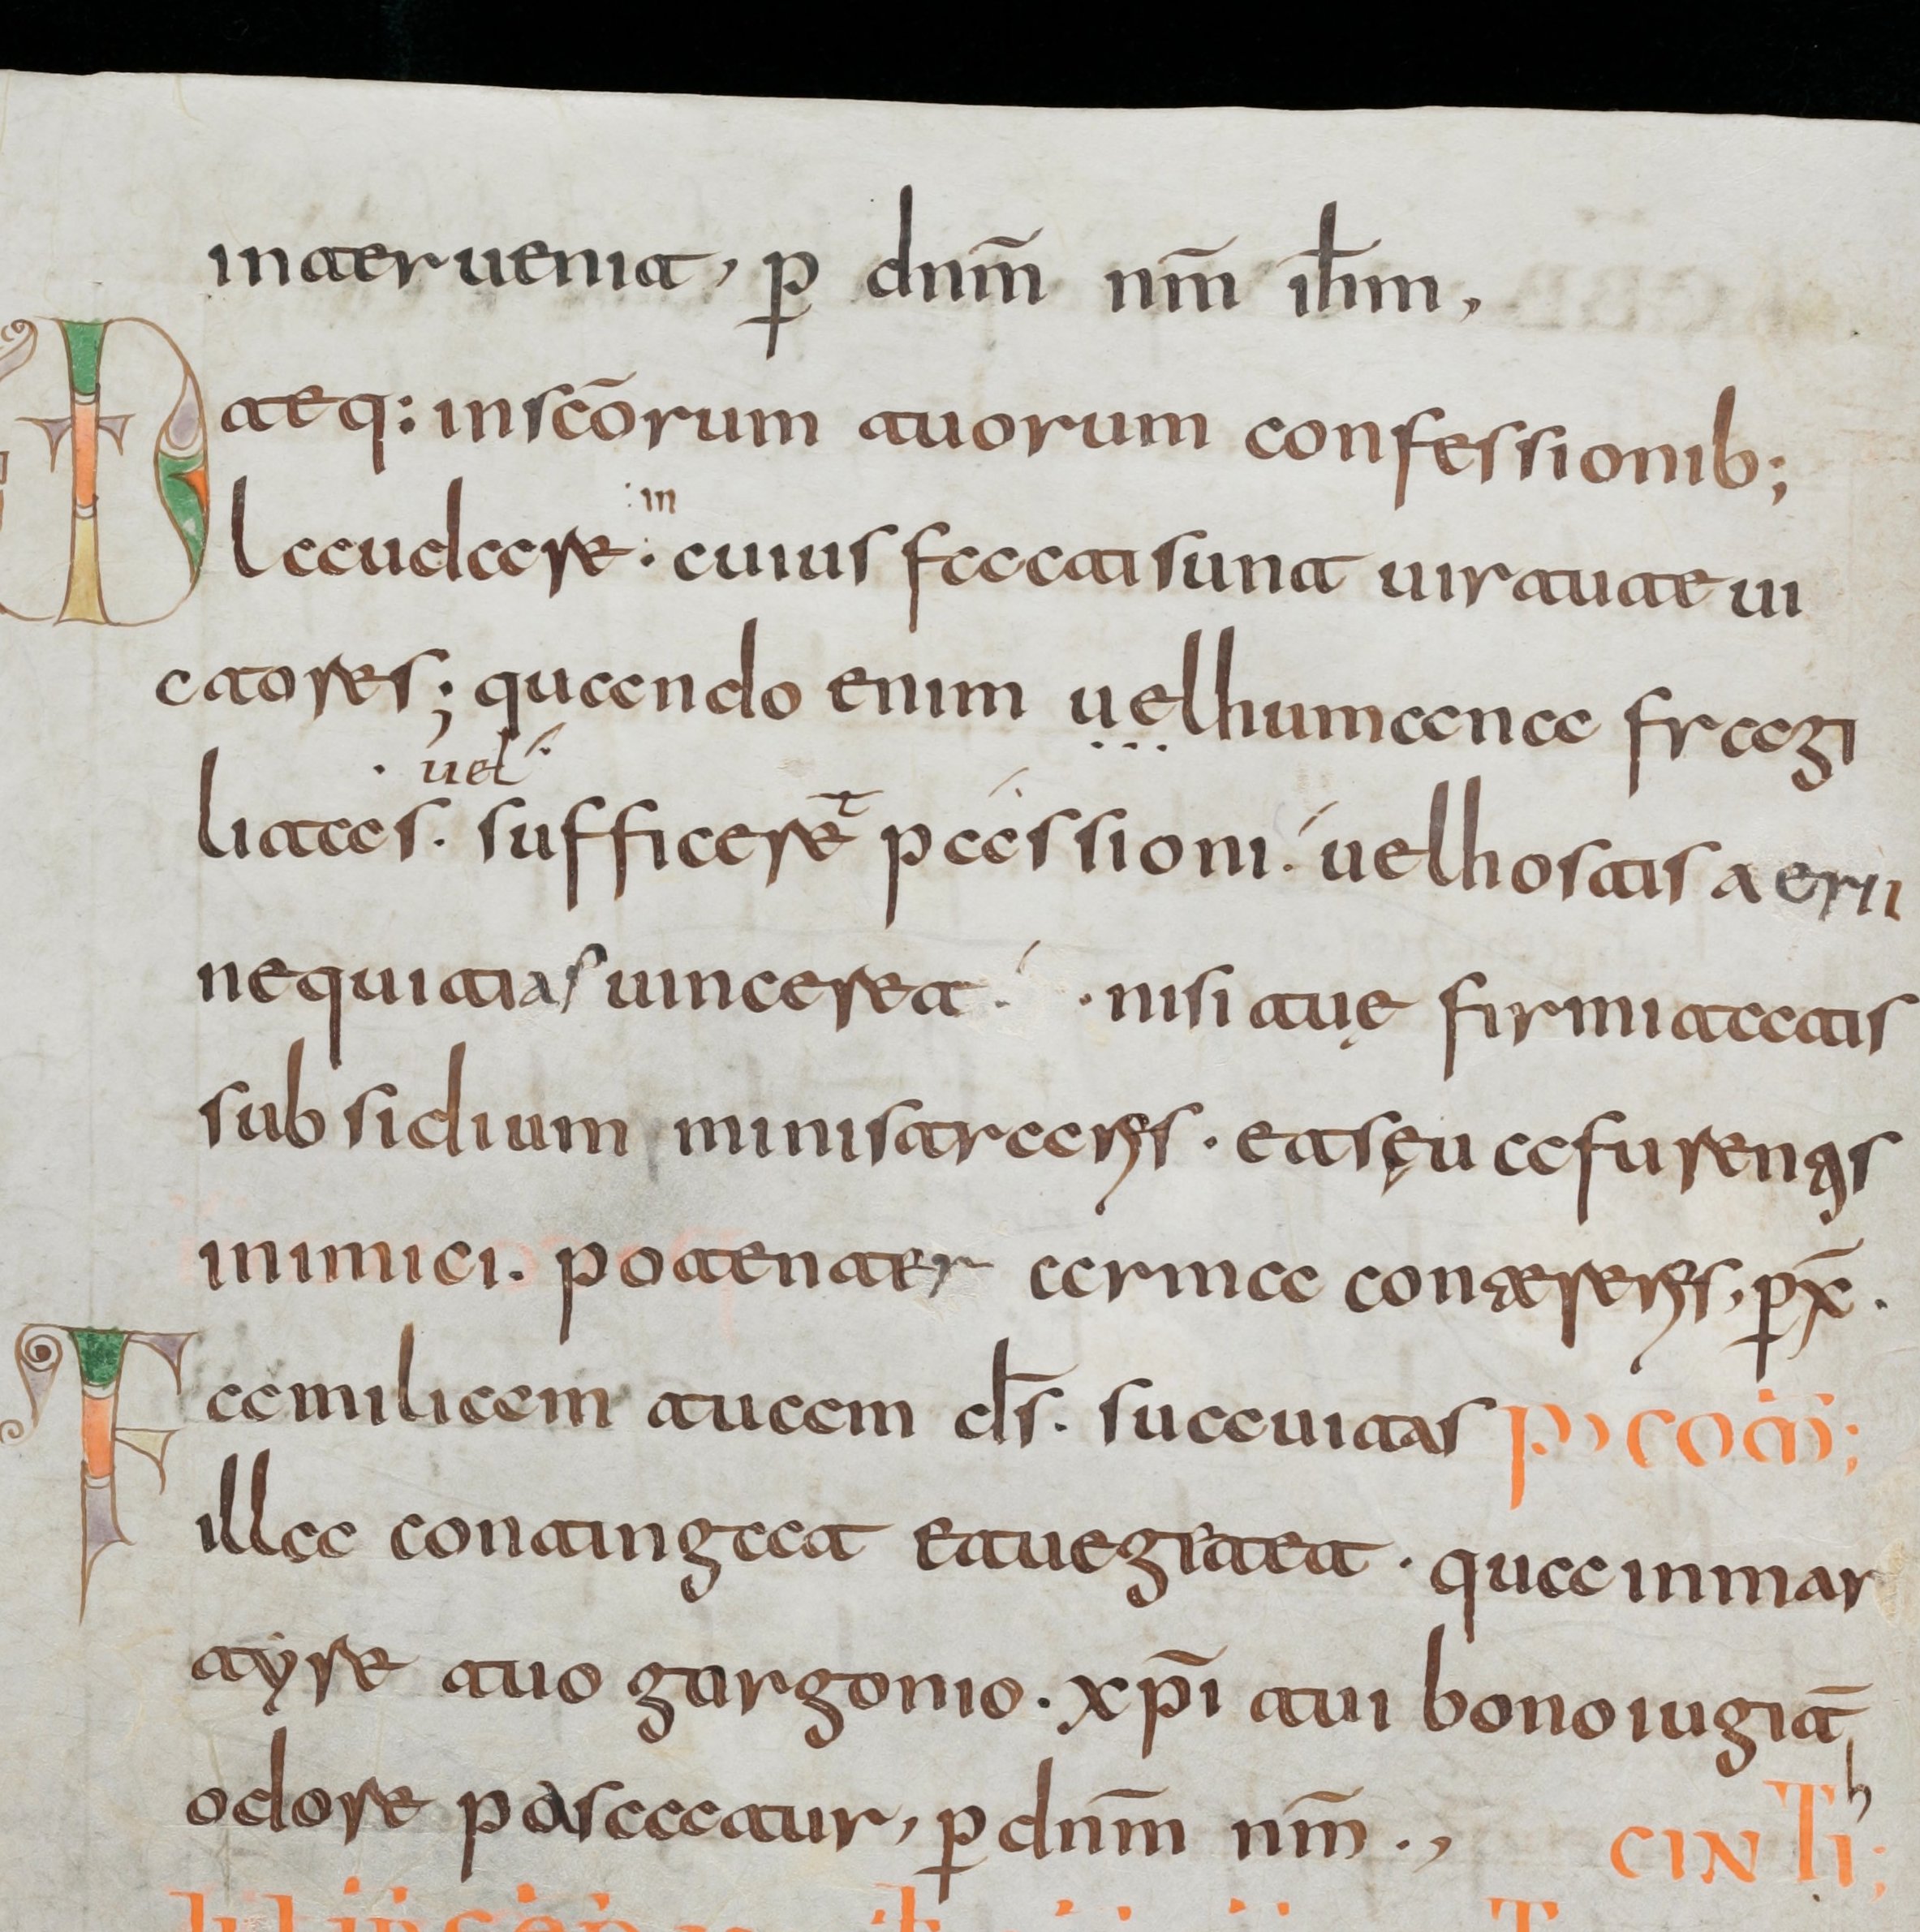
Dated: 800–830